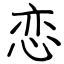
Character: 恋